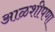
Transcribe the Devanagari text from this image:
आळशीपणा